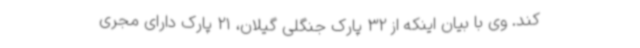
کند. وی با بیان اینکه از 32 پارک جنگلی گیلان، 21 پارک دارای مجری